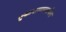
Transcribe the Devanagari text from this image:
तुकारामाप्रमाणेच